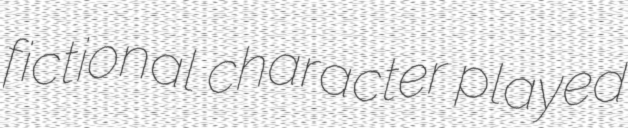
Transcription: fictional character played